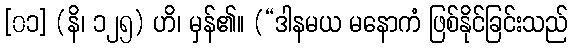
[၀၁] (နိ၊ ၁၂၅) ဟိ၊ မှန်၏။ (“ဒါနမယ မနောကံ ဖြစ်နိုင်ခြင်းသည်